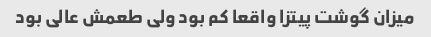
میزان گوشت پیتزا واقعا کم بود ولی طعمش عالی بود